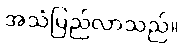
အသံမြည်လာသည်။